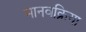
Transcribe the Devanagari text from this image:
मानवक्रिया